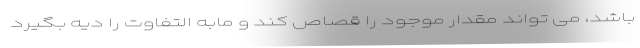
باشد، می تواند مقدار موجود را قصاص کند و مابه التفاوت را دیه بگیرد